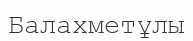
Балахметұлы